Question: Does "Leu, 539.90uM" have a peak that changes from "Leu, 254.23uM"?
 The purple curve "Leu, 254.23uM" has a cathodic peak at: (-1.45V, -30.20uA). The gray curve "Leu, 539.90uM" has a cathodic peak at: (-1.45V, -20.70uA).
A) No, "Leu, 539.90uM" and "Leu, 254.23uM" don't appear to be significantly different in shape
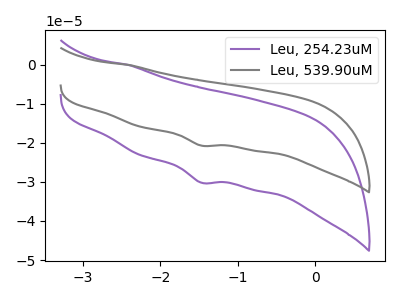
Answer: <think>All the peaks in "Leu, 539.90uM" have a peak in "Leu, 254.23uM" at the same potential. Every peak in "Leu, 539.90uM" is lower than every peak in "Leu, 254.23uM".
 </think>
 <answer>A) No, "Leu, 539.90uM" and "Leu, 254.23uM" don't appear to be significantly different in shape</answer>
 <eval>A</eval>